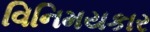
વિનિમયકાર